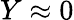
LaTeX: Y\approx 0